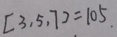
[ 3 , 5 , 7 ] = 1 0 5 .